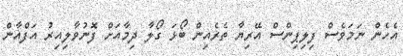
އެހެން ނަމަވެސް ފިލިޕިންސް އޭރިޔާ ތެެރެއިން ބޯޅަ ގޯލާ ދިމާއަށް ފޮނުވާލިއިރު އަފްޣާން